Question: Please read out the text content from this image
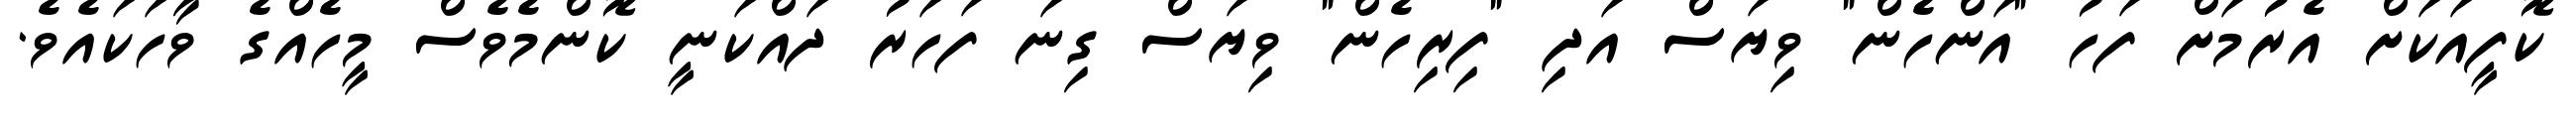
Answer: ކޮފީއަކަށް އެރުމަށް ފަހު "އަންހެން" ވިޔަސް އަދި "ފިރިހެން" ވިޔަސް ގިނަ ފަހަރު ދައްކަނީ ކޮންމެވެސް މީހެއްގެ ވާހަކައެވެ.